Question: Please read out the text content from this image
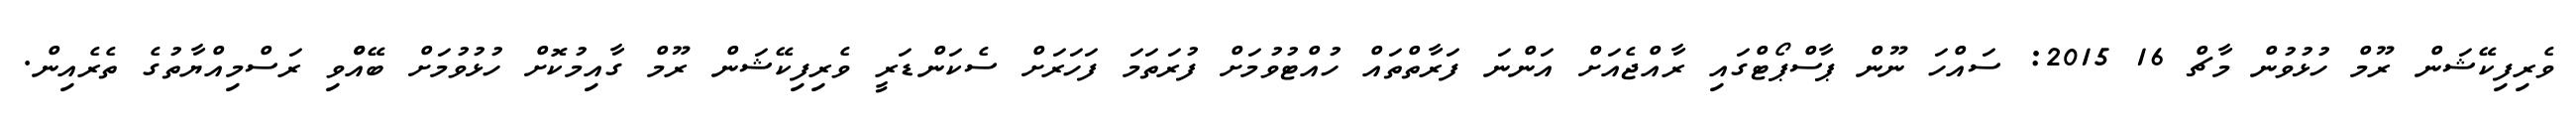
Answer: ވެރިފިކޭޝަން ރޫމް ހުޅުވުން މާޗް 16 2015: ސައްހަ ނޫން ޕާސްޕޯޓްގައި ރާއްޖެއަށް އަންނަ ފަރާތްތައް ހުއްޓުވުމަށް ފުރަތަމަ ފަހަރަށް ސެކަންޑަރީ ވެރިފިކޭޝަން ރޫމް ގާއިމުކޮށް ހުޅުވުމަށް ބޭއްްވި ރަސްމިއްޔާތުގެ ތެރެއިން.